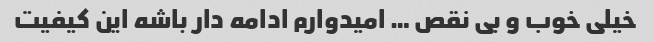
خیلی خوب و بی نقص … امیدوارم ادامه دار باشه این کیفیت